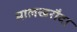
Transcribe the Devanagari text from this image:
मालखरौदा